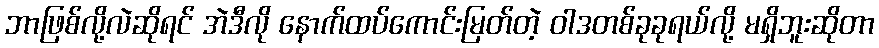
ဘာဖြစ်လို့လဲဆိုရင် အဲဒီလို နောက်ထပ်ကောင်းမြတ်တဲ့ ဝါဒတစ်ခုခုရယ်လို့ မရှိဘူးဆိုတာ